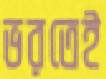
ভরতেই